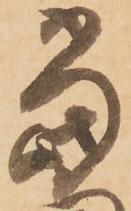
當